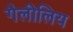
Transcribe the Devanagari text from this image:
गैलीलिय